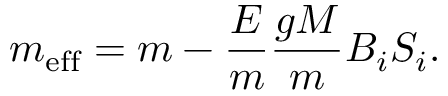
m _ { \mathrm { e f f } } = m - \frac { { \cal E } } { m } \frac { g M } { m } B _ { i } S _ { i } .